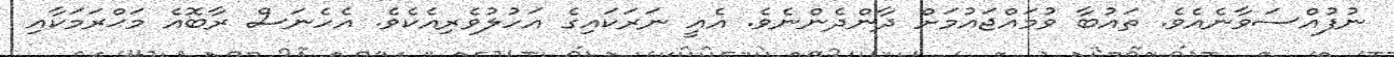
ނުފުއްސަވާނެއެވެ. ތައުބާ ވުމައްޖައުމަށް ދާންދެންނެވެ. އެއީ ނަރަކައިގެ އަހުލުވެރިއެކެވެ. އެހެނަސް ރާބޮއެ މަޙްރަމަކާއި